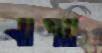
নাগচি